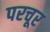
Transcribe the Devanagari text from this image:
परचूर